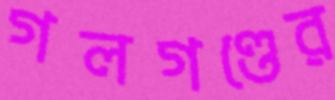
গলগণ্ডের